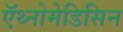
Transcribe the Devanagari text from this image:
ऍथ्नोमेडिसिन